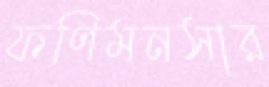
ফণিমনসার